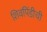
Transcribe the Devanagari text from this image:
शिवपिंडीची